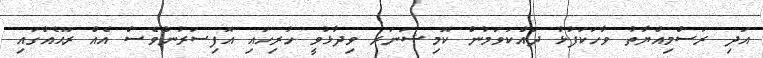
އަދި ރަސްމިއްޔާތު ވާހަކަފުޅު ދައްކަވަމުން ކޮމިޝަނަރ ވިދާޅުވީ ހުރިހައި އޮފިސަރުންވެސް އެއް ރޫޙެއްގައި